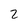
Character: 2